Vaccination report Assam 1896-1927 - 1896-1927
Year: 1896
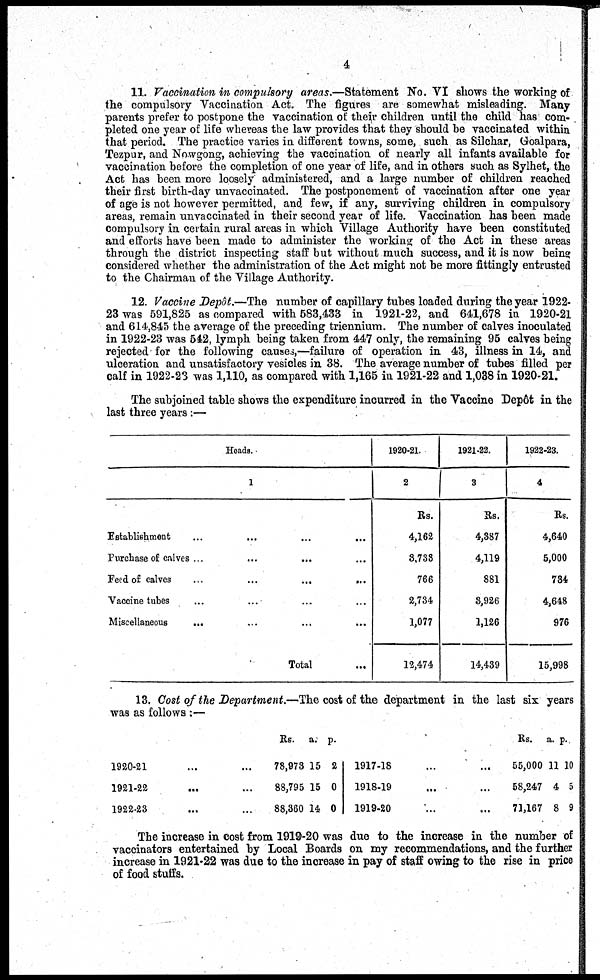
4
11. Vaccination in compulsory areas.—Statement No. VI shows the working of
the compulsory Vaccination Act. The figures are somewhat misleading. Many
parents prefer to postpone the vaccination of their children until the child has com-
pleted one year of life whereas the law provides that they should be vaccinated within
that period. The practice varies in different towns, some, such as Silchar, Goalpara,
Tezpur, and Nowgong, achieving the vaccination of nearly all infants available for
vaccination before the completion of one year of life, and in others such as Sylhet, the
Act has been more loosely administered, and a large number of children reached
their first birth-day unvaccinated. The postponement of vaccination after one year
of age is not however permitted, and few, if any, surviving children in compulsory
areas, remain unvaccinated in their second year of life. Vaccination has been made
compulsory in certain rural areas in which Village Authority have been constituted
and efforts have been made to administer the working of the Act in these areas
through the district inspecting staff but without much success, and it is now being
considered whether the administration of the Act might not be more fittingly entrusted
to the Chairman of the Village Authority.
12. Vaccine Depôt.—The number of capillary tubes loaded during the year 1922-
23 was 591,825 as compared with 583,433 in 1921-22, and 641,678 in 1920-21
and 614,845 the average of the preceding triennium. The number of calves inoculated
in 1922-23 was 542, lymph being taken from 447 only, the remaining 95 calves being
rejected for the following causes,—failure of operation in 43, illness in 14, and
ulceration and unsatisfactory vesicles in 38. The average number of tubes filled per
calf in 1922-23 was 1,110, as compared with 1,165 in 1921-22 and 1,038 in 1920-21.
The subjoined table shows the expenditure incurred in the Vaccine Depôt in the
last three years:—
Heads.
1
Establishment ... ... ...
Purchase of calves ...
...
... ...
Feed of calves
...
...
...
...
Vaccine tubes ... ... ... ...
Miscellaneous
... ... ... ...
Total ...
1920-21.
2
Rs.
4,162
3,733
766
2,734
1,077
12,474
1921-22.
3
Rs.
4,387
4,119
881
3,926
1,126
14,439
1922-23.
4
Rs.
4,640
5,000
784
4,648
976
15,998
13. Cost of the Department.—The cost of the department in the last six years
was as follows :—
1920-21 ... ...
1921-22 ... ...
1922-23 ... ...
Rs.
78,973
88,795
88,360
a.
15
15
14
p.
2
0
0
1917-18 ... ...
1918-19 ... ...
1919-20 ... ...
Rs.
55,000
58,247
71,167
a.
11
4
8
p.
10
5
9
The increase in cost from 1919-20 was due to the increase in the number of
vaccinators entertained by Local Boards on my recommendations, and the further
increase in 1921-22 was due to the increase in pay of staff owing to the rise in price
of food stuffs.